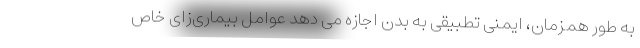
به طور همزمان، ایمنی تطبیقی به بدن اجازه می دهد عوامل بیماری‌زای خاص